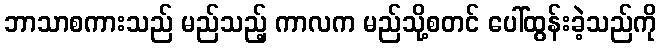
ဘာသာစကားသည် မည်သည့် ကာလက မည်သို့စတင် ပေါ်ထွန်းခဲ့သည်ကို